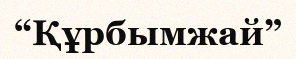
“Құрбымжай”